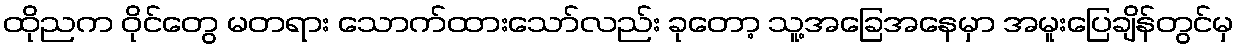
ထိုညက ဝိုင်တွေ မတရား သောက်ထားသော်လည်း ခုတော့ သူ့အခြေအနေမှာ အမူးပြေချိန်တွင်မှ